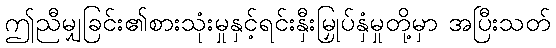
ဤညီမျှခြင်း၏စားသုံးမှုနှင့်ရင်းနှီးမြှုပ်နှံမှုတို့မှာ အပြီးသတ်